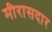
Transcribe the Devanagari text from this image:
मीरासदार